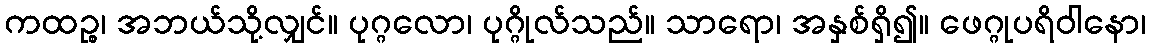
ကထဉ္စ၊ အဘယ်သို့လျှင်။ ပုဂ္ဂလော၊ ပုဂ္ဂိုလ်သည်။ သာရော၊ အနှစ်ရှိ၍။ ဖေဂ္ဂုပရိဝါနော၊